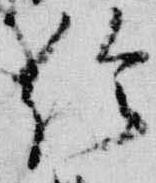
給